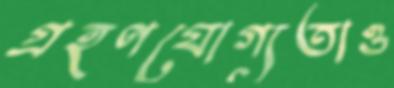
গ্রহণযোগ্যতাও